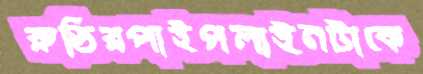
রুডিরপাইপলাইনটাকে